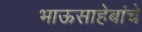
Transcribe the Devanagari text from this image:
भाऊसाहेबांचे